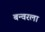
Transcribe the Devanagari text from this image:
बन्वरला